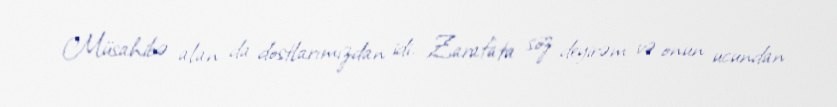
Müsahibə alan da dostlarımızdan idi. Zarafata söz deyirəm və onun ucundan